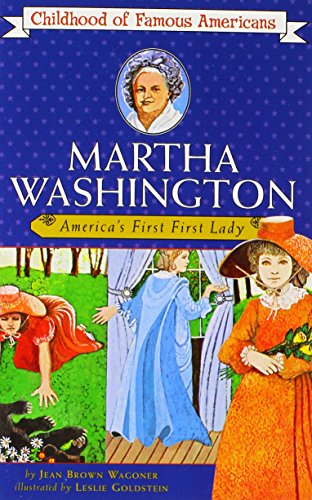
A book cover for Martha Washington: America's First Lady (Childhood of Famous Americans); Jean Brown Wagoner; Children's Books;